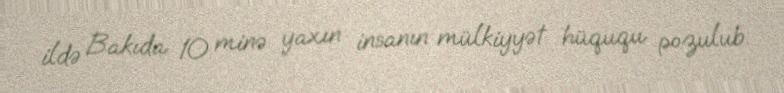
ildə Bakıda 10 minə yaxın insanın mülkiyyət hüququ pozulub.